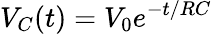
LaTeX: V_{C}(t)=V_{0}e^{-t/RC}